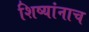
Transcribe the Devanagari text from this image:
शिष्यांनाच